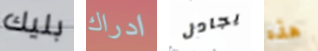
بليك ادراك يجادل هذه